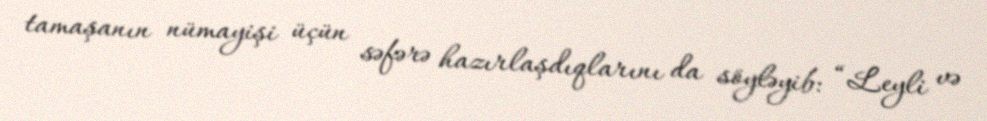
tamaşanın nümayişi üçün səfərə hazırlaşdıqlarını da söyləyib: “Leyli və